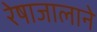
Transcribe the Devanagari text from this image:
रेषाजालाने